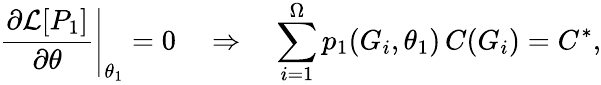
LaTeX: \left.\frac{\partial\mathcal{L}[P_{1}]}{\partial\theta}\right|_{\theta_{1}}=0\quad\Rightarrow\quad\sum_{i=1}^{\Omega}p_{1}(G_{i},\theta_{1})\, C(G_{i})=C^{*},